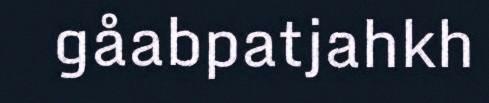
gåabpatjahkh